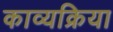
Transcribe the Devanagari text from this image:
काव्यक्रिया